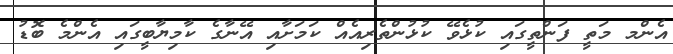
އެންމ މަތީ ފަންތީގައި ކުޅެވޭ ކުޅުންތެރިއެއް ކަމަށާއި އޭނާގެ ކާމިޔާބީގައި އެންމެ ބޮޑު